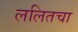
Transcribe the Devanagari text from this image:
ललितचा